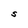
Character: S